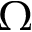
\Omega